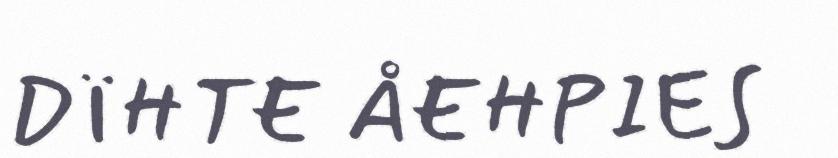
DÏHTE ÅEHPIES